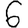
Digit: 6